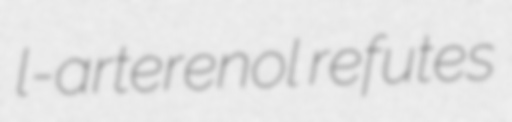
l-arterenol refutes